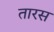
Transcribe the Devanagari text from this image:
तारस